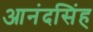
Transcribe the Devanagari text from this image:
आनंदसिंह